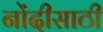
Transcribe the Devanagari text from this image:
नोंदीसाठी